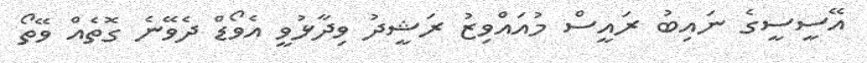
އޭސީސީގެ ނައިބު ރައީސް މުއައްވިޒު ރަޝީދު ވިދާޅުވީ އެވޯޑް ދެވޭނެ ގޮތެއް ވޭތޯ